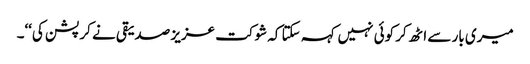
میری بار سے اٹھ کر کوئی نہیں کہہ سکتا کہ شوکت عزیز صدیقی نے کرپشن کی‘‘۔